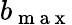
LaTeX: b_{\mathrm{~m~a~x~}}